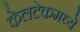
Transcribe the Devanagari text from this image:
केलटेकमध्ये